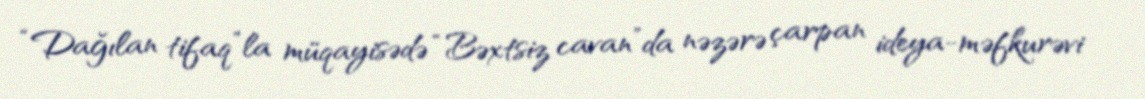
“Dağılan tifaq”la müqayisədə “Bəxtsiz cavan”da nəzərə çarpan ideya-məfkurəvi